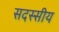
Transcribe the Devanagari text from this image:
सदस्सीय